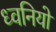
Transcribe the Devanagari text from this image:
ध्वनियो